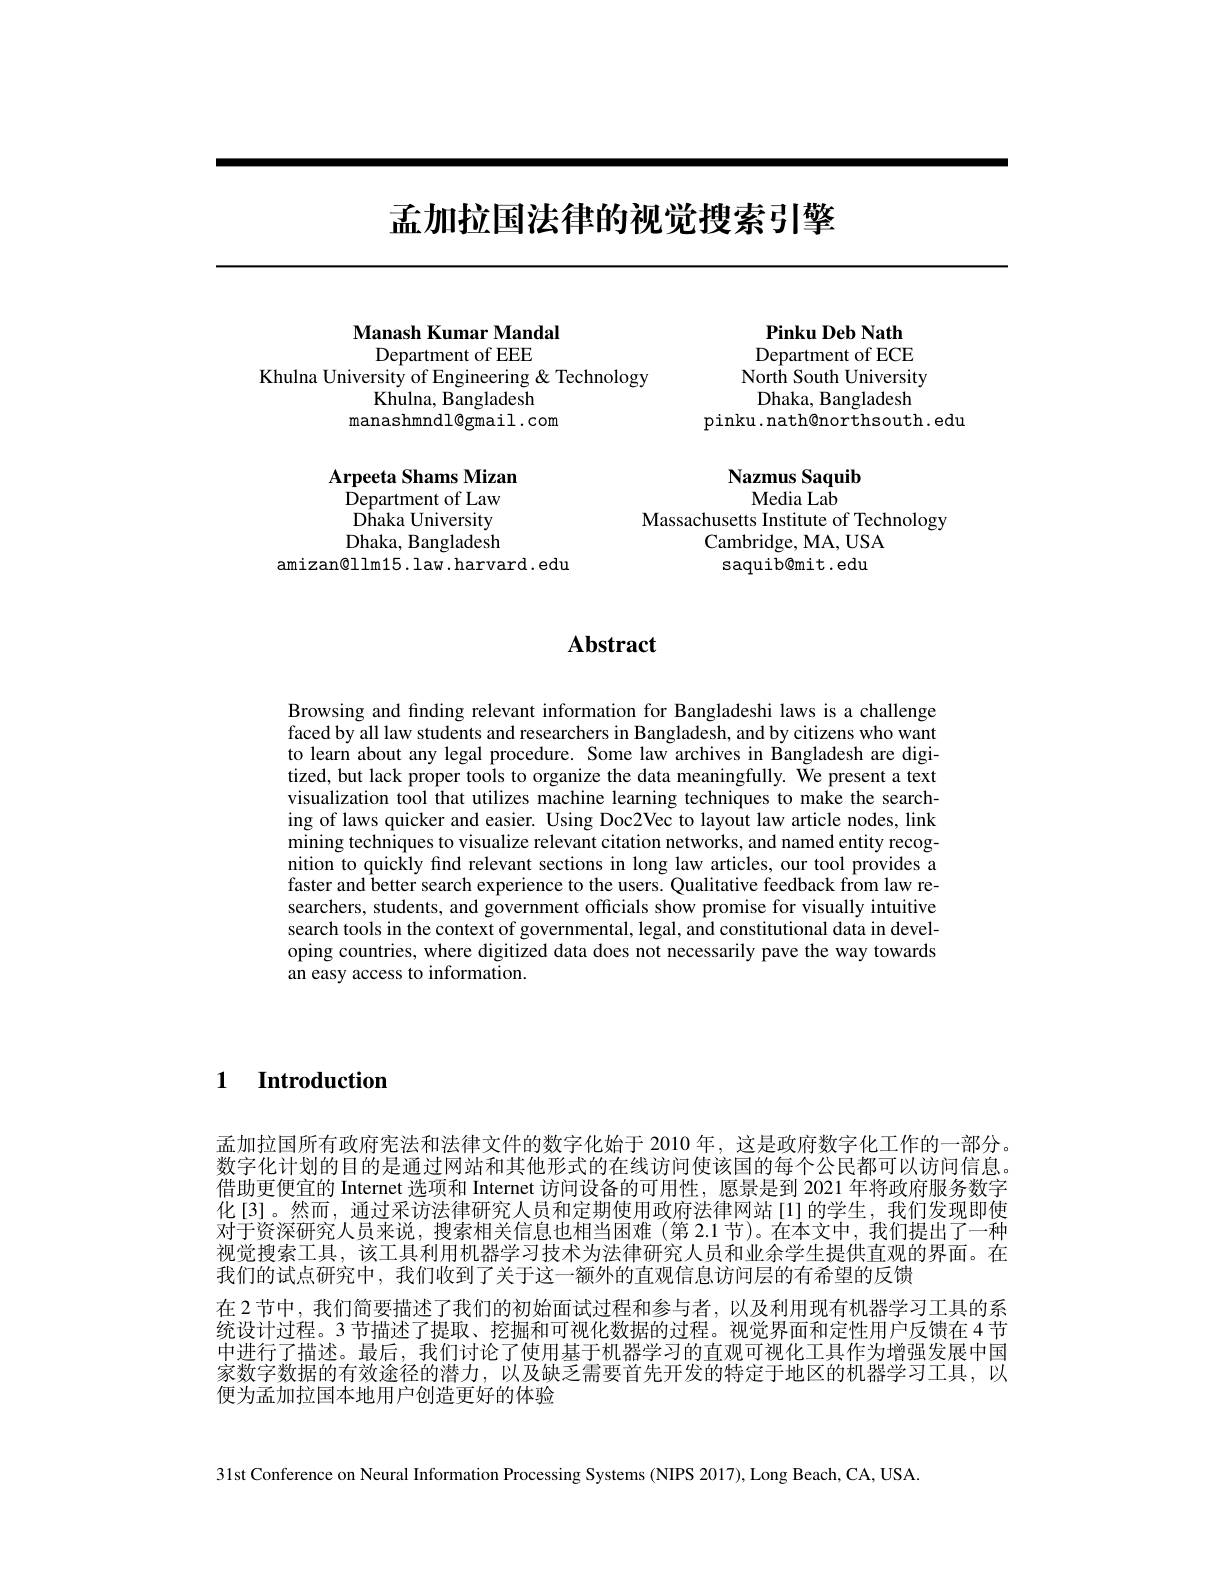
# 孟加拉国法律的视觉搜索引擎

Manash Kumar Mandal
Department of EEE

Khulna University of Engineering & Technology
Khulna, Bangladesh
manashmndl@gmail.com

Arpeeta Shams Mizan
Department of Law Dhaka University Dhaka, Bangladesh
amizan$\textcircled{1}$lm15.law.harvard.edu

Pinku Deb Nath Department of ECE North South University Dhaka, Bangladesh
pinku. nath@northsouth. edu

Nazmus Saquib
Media Lab

Massachusetts Institute of Technology
Cambridge, MA, USA saquib@mit.edu

## $\mathbf{Abstract}$

Browsing and finding relevant information for Bangladeshi laws is a challenge faced by all law students and researchers in Bangladesh, and by citizens who want to learn about any legal procedure. Some law archives in Bangladesh are digitized, but lack proper tools to organize the data meaningfully. We present a text visualization tool that utilizes machine learning techniques to make the searching of laws quicker and easier. Using Doc2Vec to layout law article nodes, link mining techniques to visualize relevant citation networks, and named entity recognition to quickly find relevant sections in long law articles, our tool provides a faster and better search experience to the users. Qualitative feedback from law researchers, students, and government officials show promise for visually intuitive search tools in the context of governmental, legal, and constitutional data in developing countries, where digitized data does not necessarily pave the way towards an easy access to information.

$\textbf{1}$ $\textbf{Introduction}$

孟加拉国所有政府宪法和法律文件的数字化始于 2010 年，这是政府数字化工作的一部分。数字化计划的目的是通过网站和其他形式的在线访问使该国的每个公民都可以访问信息。借助更便宜的 Internet 选项和 Internet 访问设备的可用性，愿景是到 2021 年将政府服务数字化[3]。然而，通过采访法律研究人员和定期使用政府法律网站[1]的学生，我们发现即使对于资深研究人员来说，搜索相关信息也相当困难 (第 2.1 节)。在本文中，我们提出了一种视觉搜索工具，该工具利用机器学习技术为法律研究人员和业余学生提供直观的界面。在我们的试点研究中，我们收到了关于这一额外的直观信息访问层的有希望的反馈
在 2 节中，我们简要描述了我们的初始面试过程和参与者，以及利用现有机器学习工具的系统设计过程。3 节描述了提取、挖掘和可视化数据的过程。视觉界面和定性用户反馈在 4 节中进行了描述。最后，我们讨论了使用基于机器学习的直观可视化工具作为增强发展中国家数字数据的有效途径的潜力，以及缺乏需要首先开发的特定于地区的机器学习工具，以便为孟加拉国本地用户创造更好的体验

31st Conference on Neural Information Processing Systems (NIPS 2017), Long Beach, CA, USA